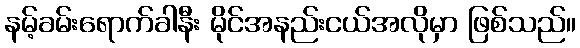
နမ့်ခမ်းရောက်ခါနီး မိုင်အနည်းငယ်အလိုမှာ ဖြစ်သည်။